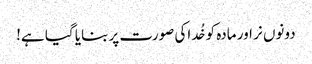
دونوں نر اور مادہ کو خُد اکی صورت پر بنایا گیا ہے!